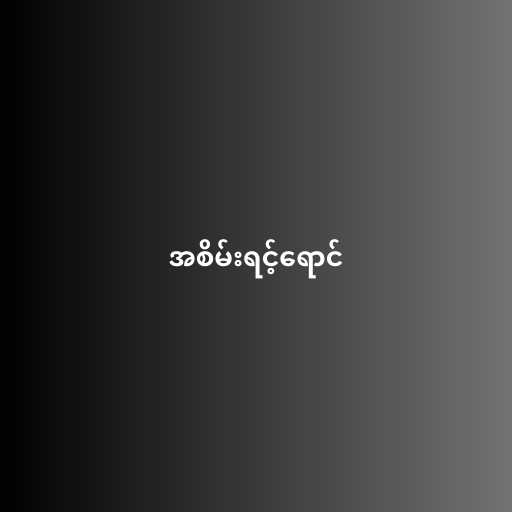
အစိမ်းရင့်ရောင်